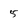
Character: 5